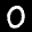
Label: 0